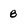
Character: B